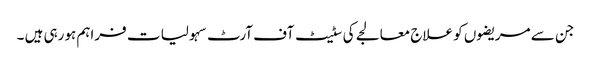
جن سے مریضوں کو علاج معالجے کی سٹیٹ آف آرٹ سہولیا ت فراہم ہورہی ہیں ۔